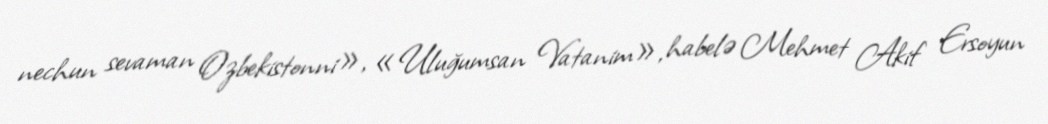
nechun sevaman O‘zbekistonni», «Uluğumsan Vatanim», habelə Mehmet Akif Ersoyun